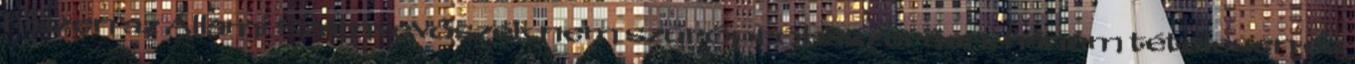
hiszen az Állami Számvevőszék nem szúrópróbaszerűen, hanem tételesen és